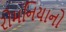
રોમનિયાનો